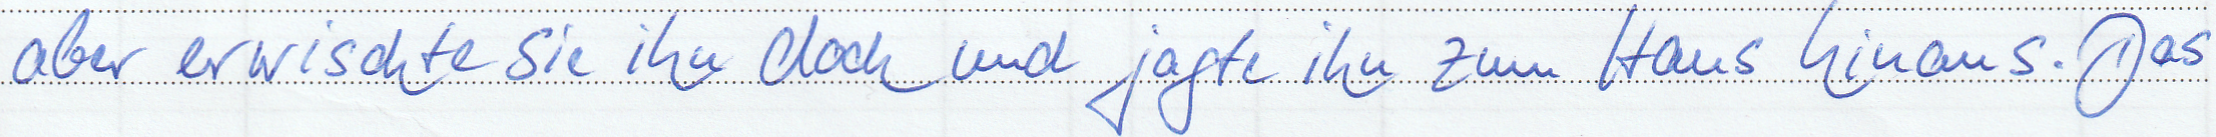
aber erwischte sie ihn doch und jagte ihn zum Haus hinaus. Das